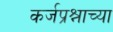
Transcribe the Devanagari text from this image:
कर्जप्रश्नाच्या